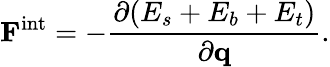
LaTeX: \mathbf F^{\textrm{int}}=-\frac{\partial(E_{s}+E_{b}+E_{t})}{\partial\mathbf q}.